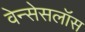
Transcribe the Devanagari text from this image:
वेन्सेसलॉस